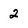
Character: 2